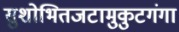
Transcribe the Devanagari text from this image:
सुशोभितजटामुकुटगंगा